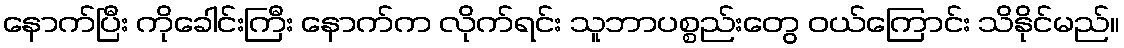
နောက်ပြီး ကိုခေါင်းကြီး နောက်က လိုက်ရင်း သူဘာပစ္စည်းတွေ ဝယ်ကြောင်း သိနိုင်မည်။